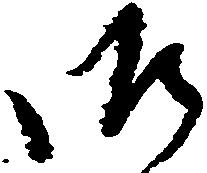
御